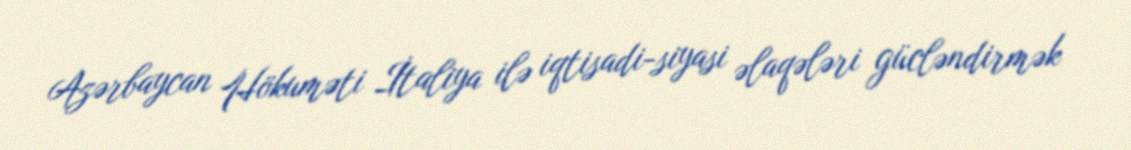
Azərbaycan Hökuməti İtaliya ilə iqtisadi-siyasi əlaqələri gücləndirmək